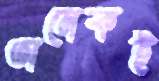
অনেকই